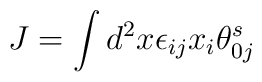
J = \int d^2x \epsilon_{ij}x_i\theta_{0j}^s